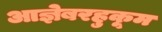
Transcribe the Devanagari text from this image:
आज्ञेबरहुकूम